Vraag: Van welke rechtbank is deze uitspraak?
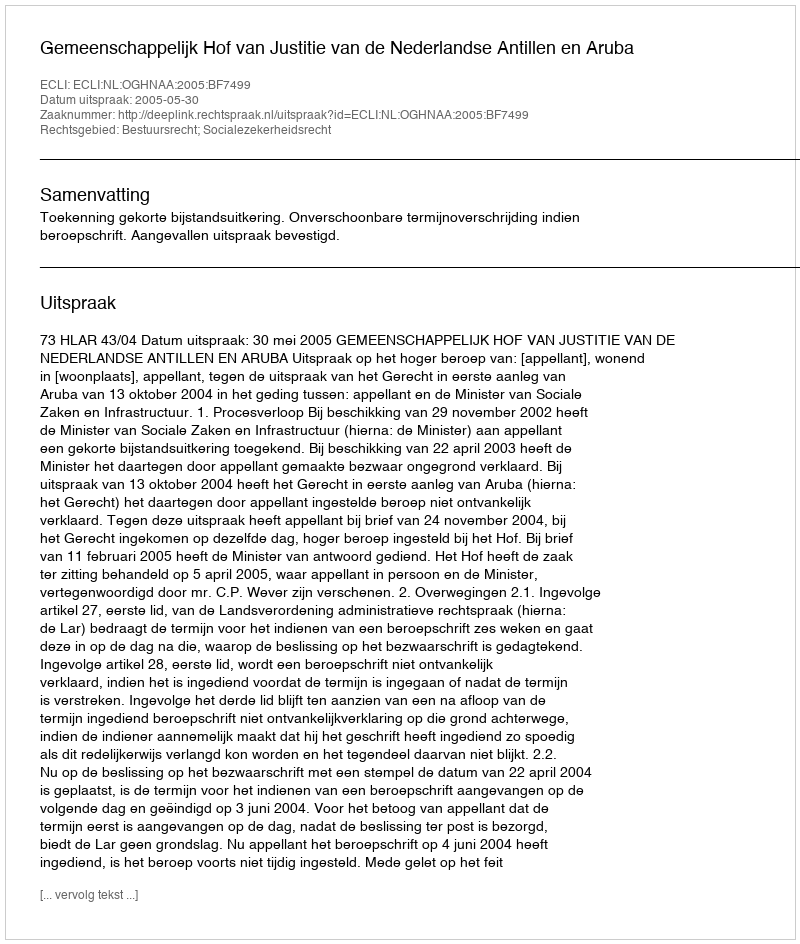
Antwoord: Gemeenschappelijk Hof van Justitie van de Nederlandse Antillen en Aruba